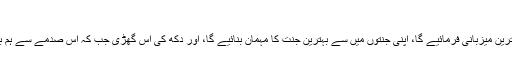
خود رب کا فرمان ہے ھل جزا ء الاحسان الا الاحسان
بس میری رب سے دعا ہے، مولا ہمارے والد کی بہترین میزبانی فرمائیے گا، اپنی جنتوں میں سے بہترین جنت کا مہمان بنائیے گا، اور دکھ کی اس گھڑی جب کہ اس صدمے سے ہم بکھر چکے ہیں، مولا ہمیں صبر جمیل عطا فرمائیے۔